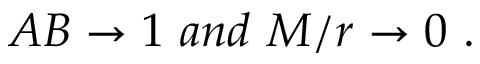
A B \rightarrow 1 \ a n d \ M / r \rightarrow 0 \ .